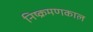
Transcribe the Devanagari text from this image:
निष्क्रमणकाल